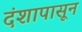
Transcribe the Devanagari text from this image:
दंशापासून